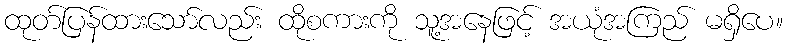
ထုတ်ပြန်ထားသော်လည်း ထိုစကားကို သူ့အနေဖြင့် အယုံအကြည် မရှိပေ။